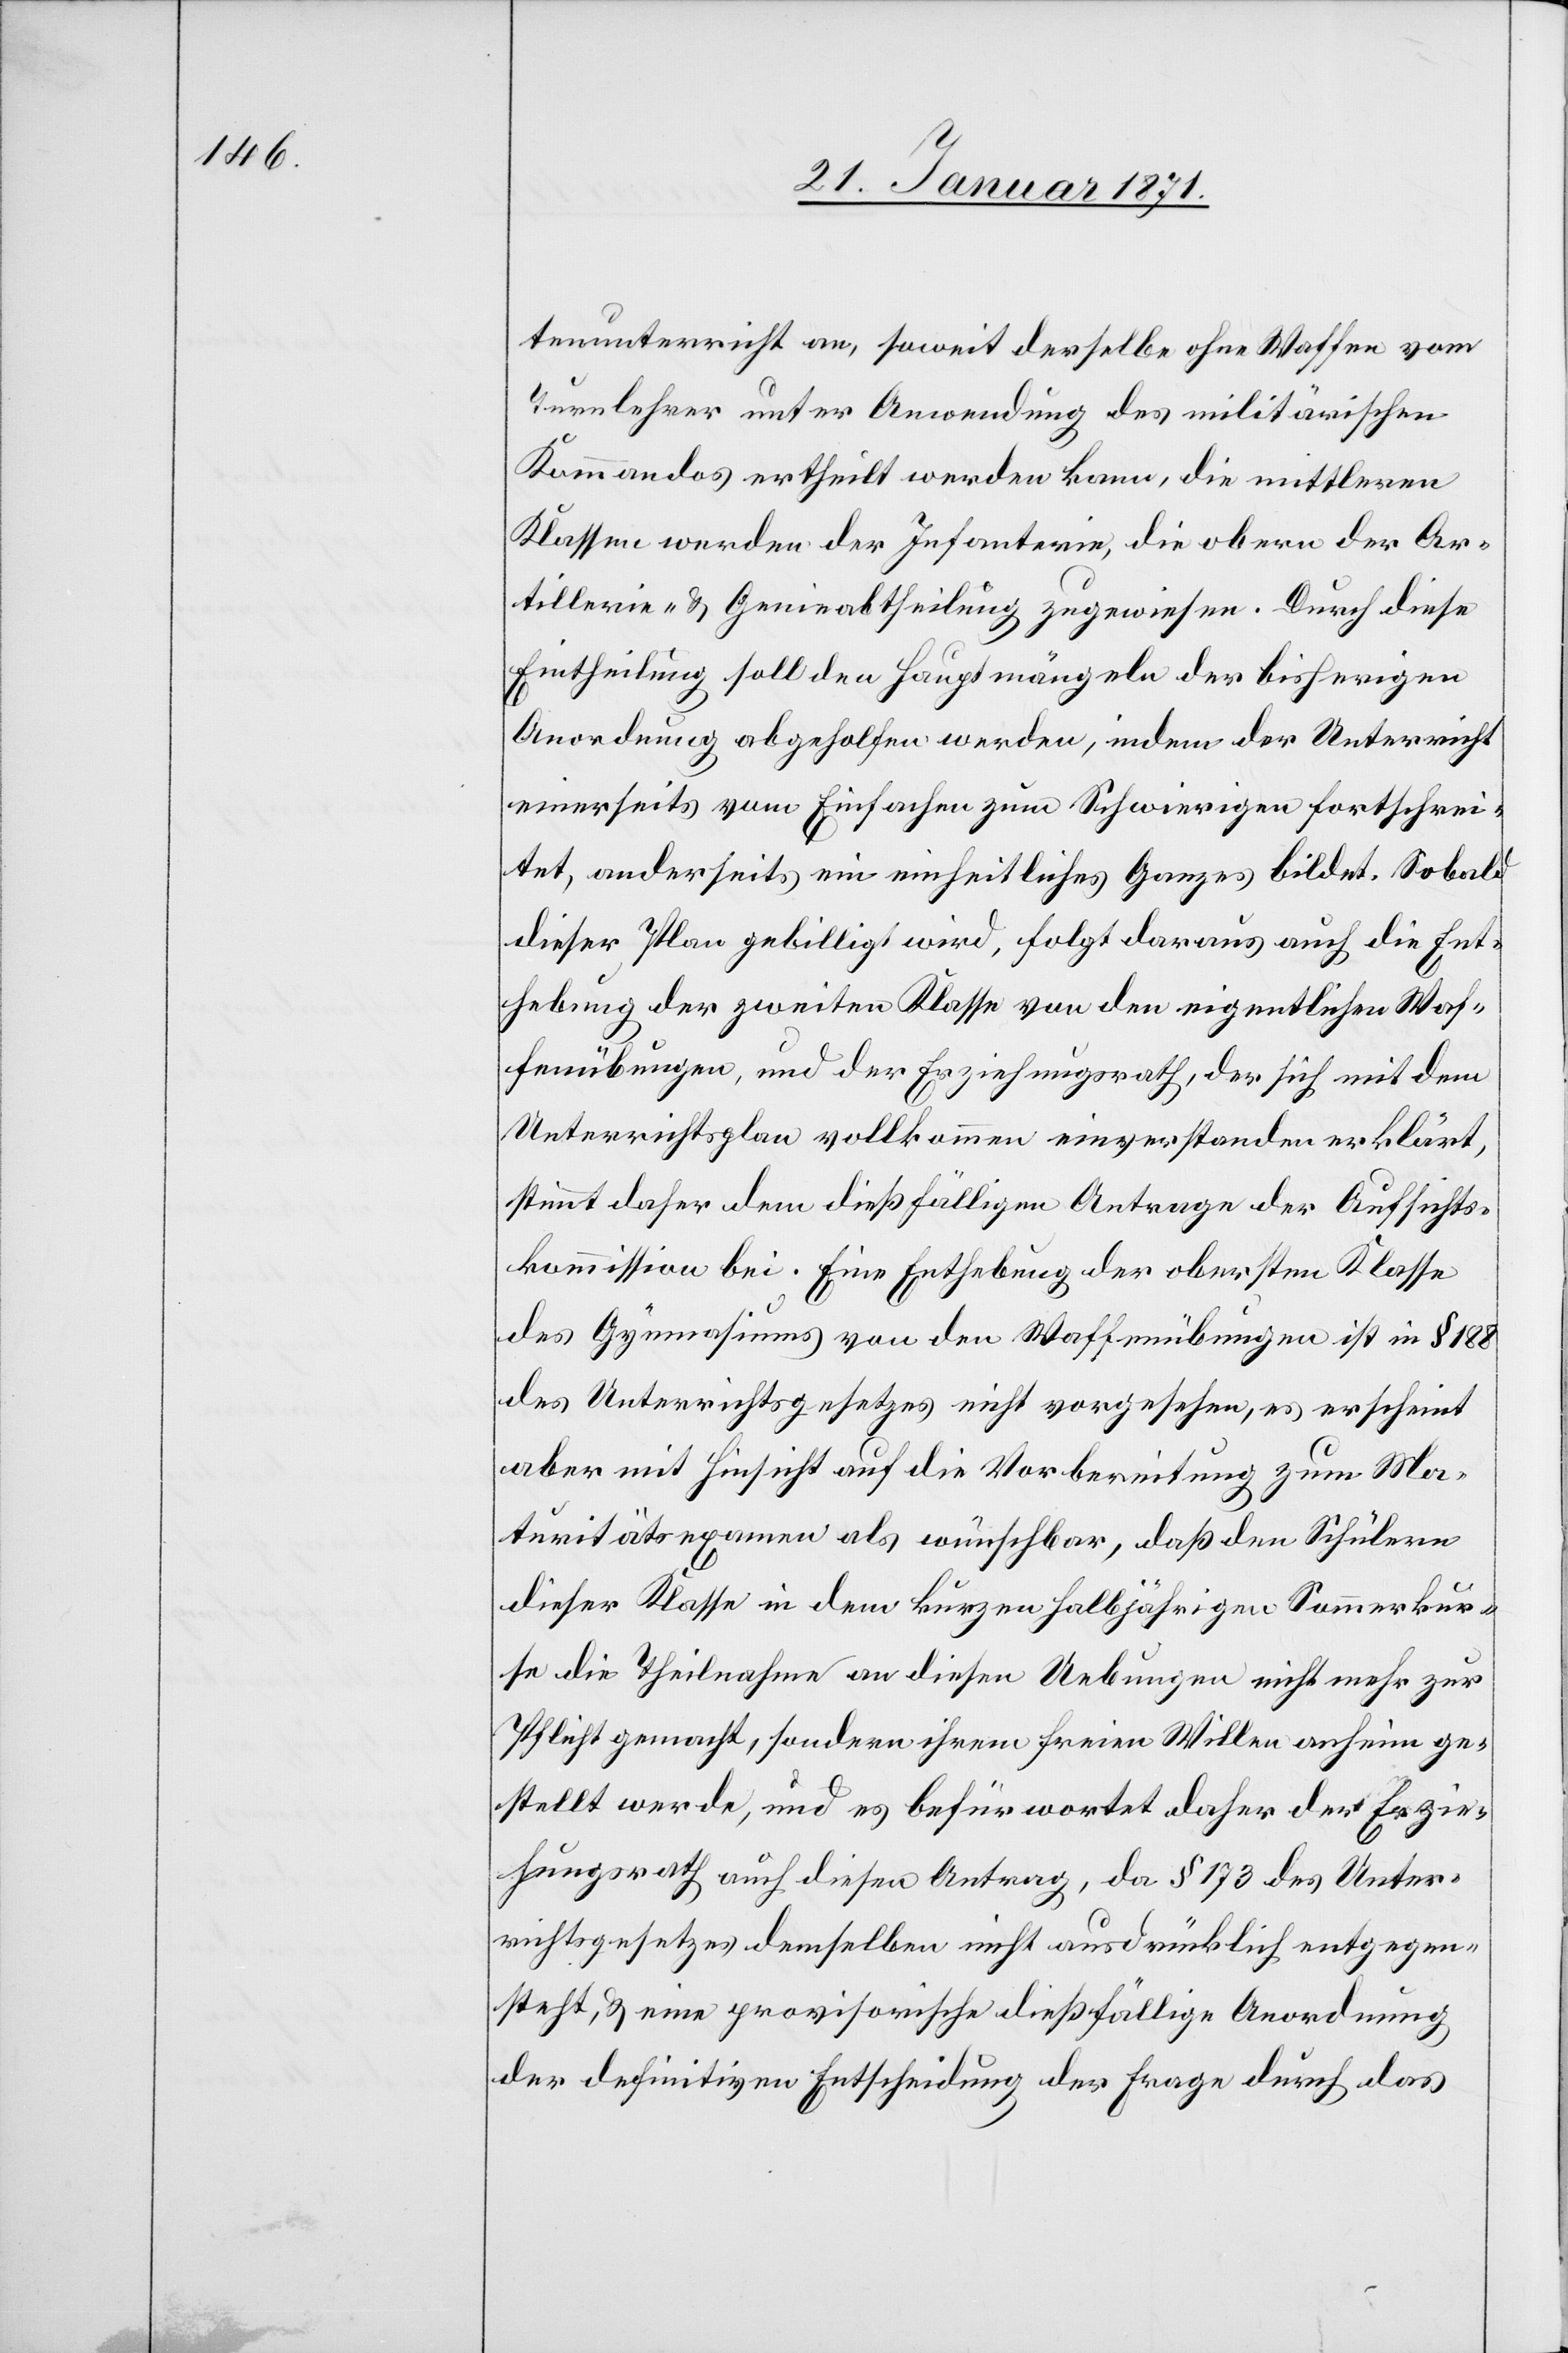
tenunterricht an, soweit derselbe ohne Waffen vom
Turnlehrer unter Anwendung des militärischen
Kommandos ertheilt werden kann, die mittleren
Klassen werden der Infanterie, die obern der Ar¬
tillerie- u. Genieabtheilung zugewiesen. Durch diese
Eintheilung soll den Hauptmängeln der bisherigen
Anordnung abgeholfen werden, indem der Unterricht
einerseits vom Einfachen zum Schwierigen fortschrei¬
tet, anderseits ein einheitliches Ganzes bildet. Sobald
dieser Plan gebilligt wird, folgt daraus auch die Ent¬
hebung der zweiten Klasse von den eigentlichen Waf¬
fenübungen, und der Erziehungsrath, der sich mit dem
Unterrichtsplan vollkommen einverstanden erklärt,
stimmt daher dem dießfälligen Antrage der Aufsichts¬
kommission bei. Eine Enthebung der obersten Klasse
des Gymnasiums von den Waffenübungen ist in § 188
des Unterrichtsgesetztes nicht vorgesehen, es erscheint
aber mit Hinsicht auf die Vorbereitung zum Ma¬
turitätsexamen als wünschbar, daß den Schülern
dieser Klasse in dem kurzen halbjährigen Sommerkur¬
se die Theilnahme an diesen Uebungen nicht mehr zur
Pflicht gemacht, sondern ihrem freien Willen anheim ge¬
stellt werde, und es befürwortet daher der Erzie¬
hungsrath auch diesen Antrag, da § 173 des Unter¬
richtsgesetztes demselben nicht ausdrücklich entgegen¬
steht, u. eine provisorische dießfällige Anordnung
der definitiven Entscheidung der Frage durch das